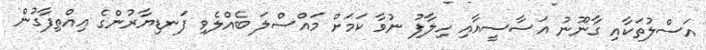
އަސްލުތަކާއި ގާނޫނު އަސާސީއާއި ހިލާފު ނުވާ ކަމަށް މައްސްލަ ބެއްލެވި ފަނޑިޔާރުންގެ އިއްތިފާގުން